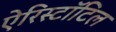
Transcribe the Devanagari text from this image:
ऐरिस्टॉटिल